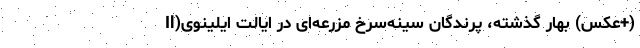
(+عکس) بهار گذشته، پرندگان سینه‌سرخ‌ مزرعه‌ای در ایالت ایلینوی(Il